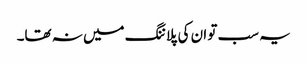
یہ سب تو ان کی پلاننگ میں نہ تھا۔